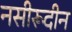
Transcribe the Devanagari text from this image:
नसीरूदीन